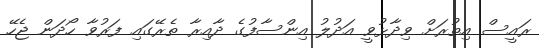
ރައީސް އިތުރަށް ވިދާޅުވީ އަދުލު އިންސާފުގެ ދާއިރާ ތެރޭގައި ފަރުވާ ހޯދަން ޖެހޭ